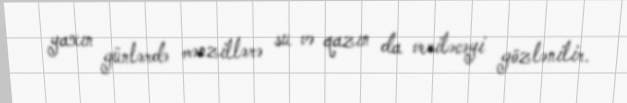
yaxın günlərdə mənzillərə su və qazın da veriləcəyi gözlənilir.